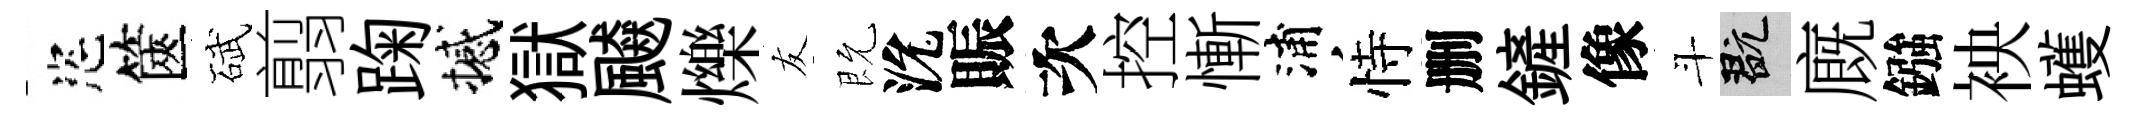
恣篋碔翦踘撼獄飇爍友既沇賑次控慚浦恃删鏟像斗玩廐鏹䘧蠖